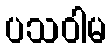
ပသဝါမ